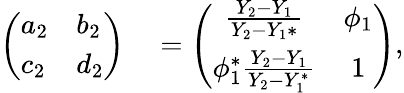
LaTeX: \begin{array}{rl}{\left(\begin{array}{ll}{a_{2}}&{b_{2}}\\ {c_{2}}&{d_{2}}\end{array}\right)}&{{}=\left(\begin{array}{cc}{\frac{Y_{2}-Y_{1}}{Y_{2}-Y_{1}*}}&{\phi_{1}}\\ {\phi_{1}^{*}\frac{Y_{2}-Y_{1}}{Y_{2}-Y_{1}^{*}}}&{1}\end{array}\right),}\end{array}